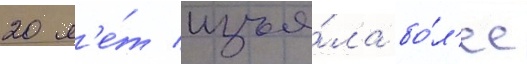
20 л'е́т изъя́ла бо́л'ее